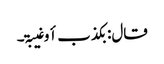
قال: بکذب أو غیبۃ۔